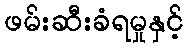
ဖမ်းဆီးခံရမှုနှင့်